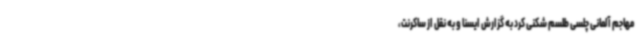
مهاجم آلمانی چلسی طلسم شکنی کرد به گزارش ایسنا و به نقل از ساکرنت،